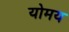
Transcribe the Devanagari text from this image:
योमय